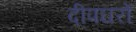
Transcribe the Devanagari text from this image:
दीपघरों